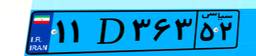
۱۱D۳۶۳۵۲